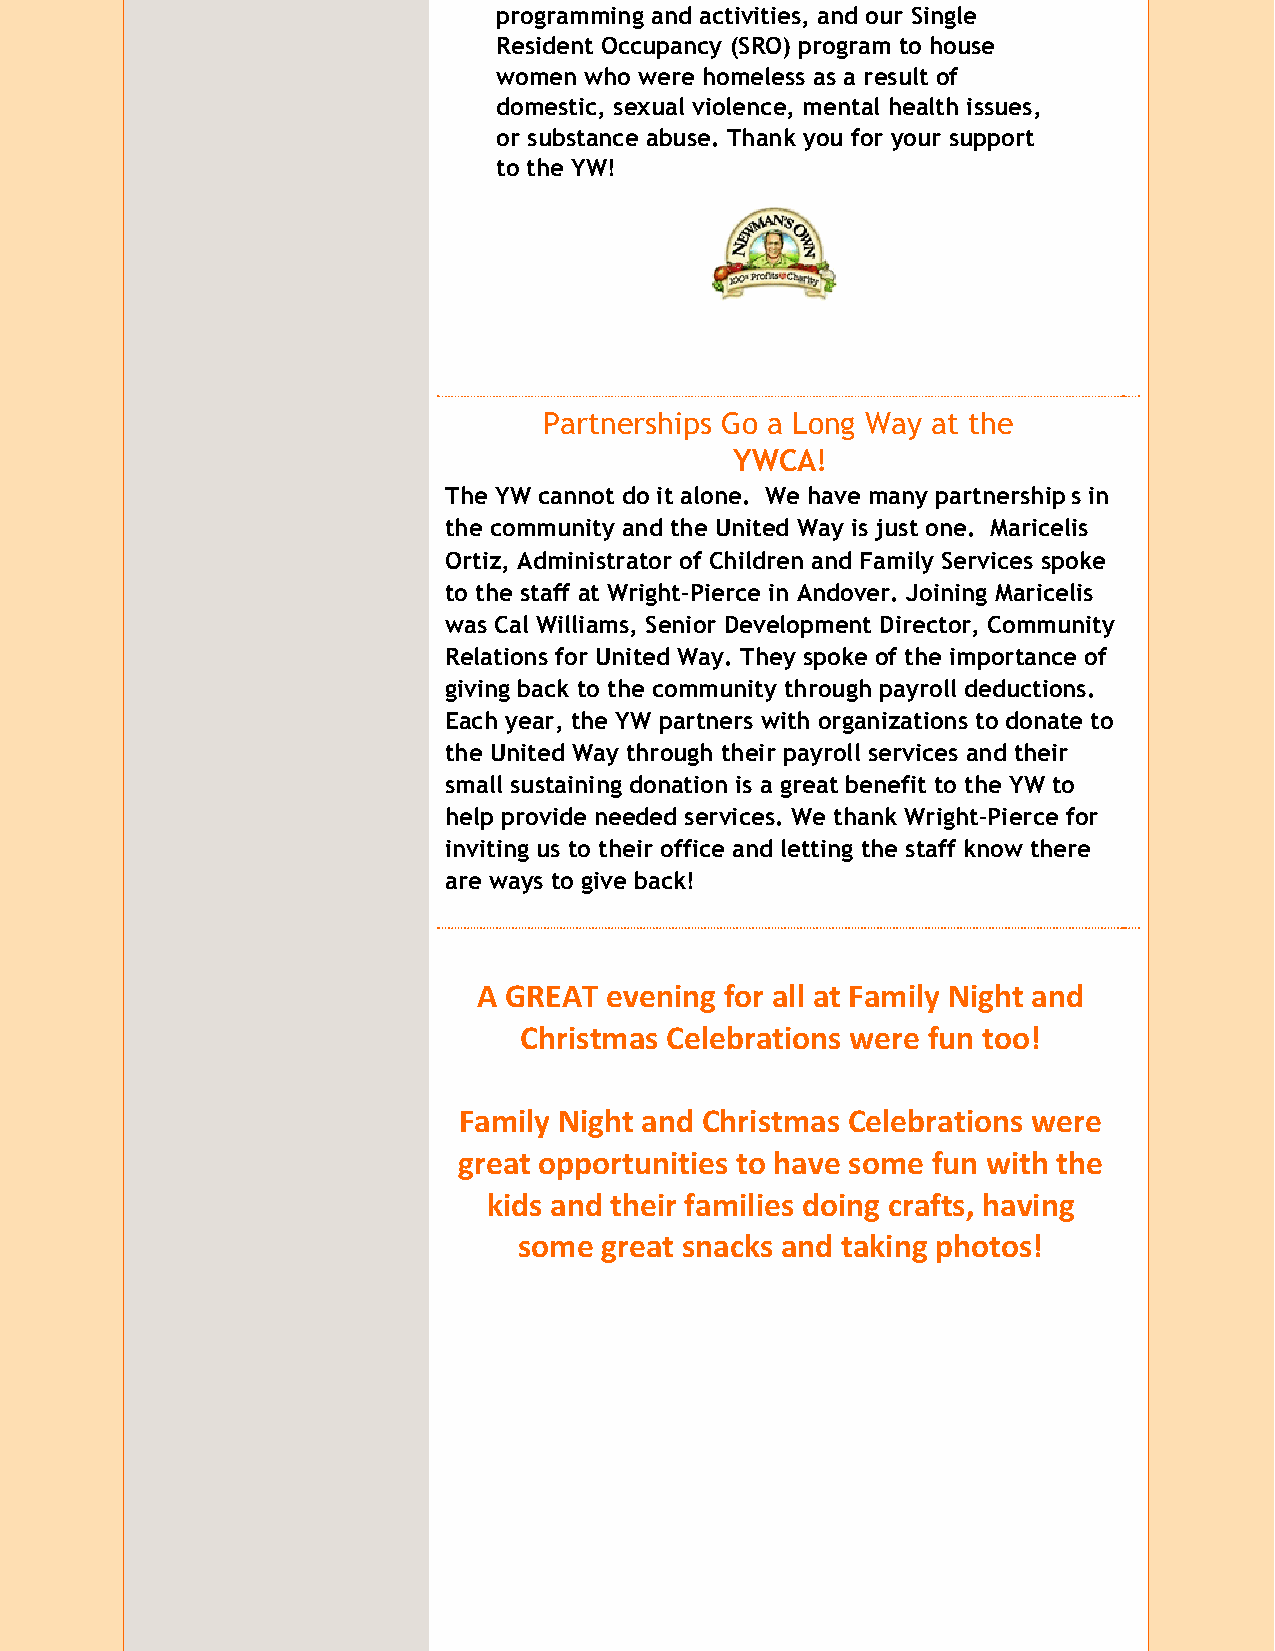
programming and activities, and our Single
 Resident Occupancy (SRO) program to house
 women who were homeless as a result of
 domestic, sexual violence, mental health issues,
 or substance abuse. Thank you for your support
 to the YW!
 Partnerships Go a Long Way at the
 YWCA!
 The YW cannot do it alone. We have many partnerships in
 the community and the United Way is just one. Maricelis
 Ortiz, Administrator of Children and Family Services spoke
 to the staff at Wright-Pierce in Andover. Joining Maricelis
 was Cal Williams, Senior Development Director, Community
 Relations for United Way. They spoke of the importance of
 giving back to the community through payroll deductions.
 Each year, the YW partners with organizations to donate to
 the United Way through their payroll services and their
 small sustaining donation is a great benefit to the YW to
 help provide needed services. We thank Wright-Pierce for
 inviting us to their office and letting the staff know there
 are ways to give back!
 A GREAT evening for all at Family Night and
 Christmas Celebrations were fun too!
 Family Night and Christmas Celebrations were
 great opportunities to have some fun with the
 kids and their families doing crafts, having
 some  great snacks and taking photos!